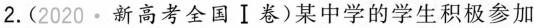
2. (2020 · 新高考全国Ⅰ卷)某中学的学生积极参加